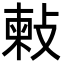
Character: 㪝